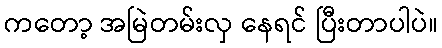
ကတော့ အမြဲတမ်းလှ နေရင် ပြီးတာပါပဲ။